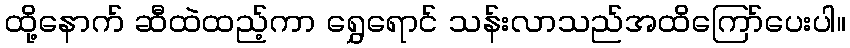
ထို့နောက် ဆီထဲထည့်ကာ ရွှေရောင် သန်းလာသည်အထိကြော်ပေးပါ။